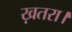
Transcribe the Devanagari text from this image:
ख़तरा।